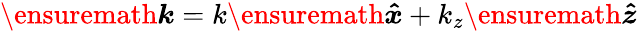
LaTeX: \ensuremath{\boldsymbol{k}}=k\ensuremath{\boldsymbol{\hat{x}}}+k_{z}\ensuremath{\boldsymbol{\hat{z}}}